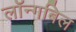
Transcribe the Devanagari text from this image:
लॉन्गबिल